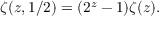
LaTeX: \zeta ( z , 1 / 2 ) = ( 2 ^ { z } - 1 ) \zeta ( z ) .